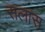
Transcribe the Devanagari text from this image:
सलास